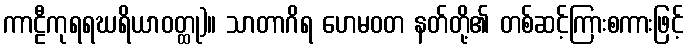
ကာဠီကုရရဃရိယာဝတ္ထု)။ သာတာဂိရ ဟေမဝတ နတ်တို့၏ တစ်ဆင့်ကြားစကားဖြင့်